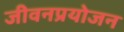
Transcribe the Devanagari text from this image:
जीवनप्रयोजन